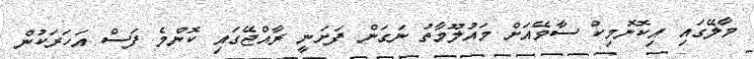
މާލޭގައި އިކޮނޮމިކް ސާވޭއަށް މައުލޫމާތު ނަގަން ފަށަނީ ރާއްޖޭގައި ކޮންމެ ފަސް އަހަރަކުން